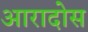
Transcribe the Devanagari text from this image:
आरादोस